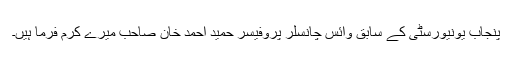
پنجاب یونیورسٹی کے سابق وائس چانسلر پروفیسر حمید احمد خان صاحب میرے کرم فرما ہیں۔